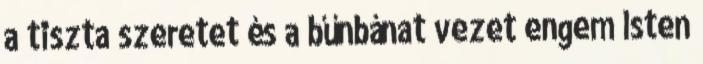
a tiszta szeretet és a bűnbánat vezet engem Isten